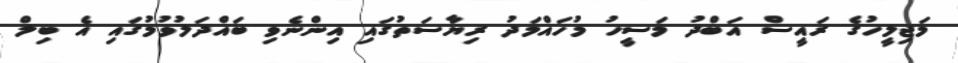
މަޖިލީހުގެ ރައީސް އަބްދު މަސީހު މުހައްމަދު ރިޔާސަތުގައި އިންނެވި ބައްދަލުވުމުގައި އެ ބިލް